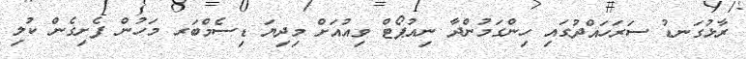
ރާޅުގަނޑު ސަރަހައްދުގައި ހިންގަމުންދާ ނިއުޕޯޓް ވިއުއަށް މިދިޔަ ޑިސެމްބަރ މަހުން ފެށިގެން ކުލި